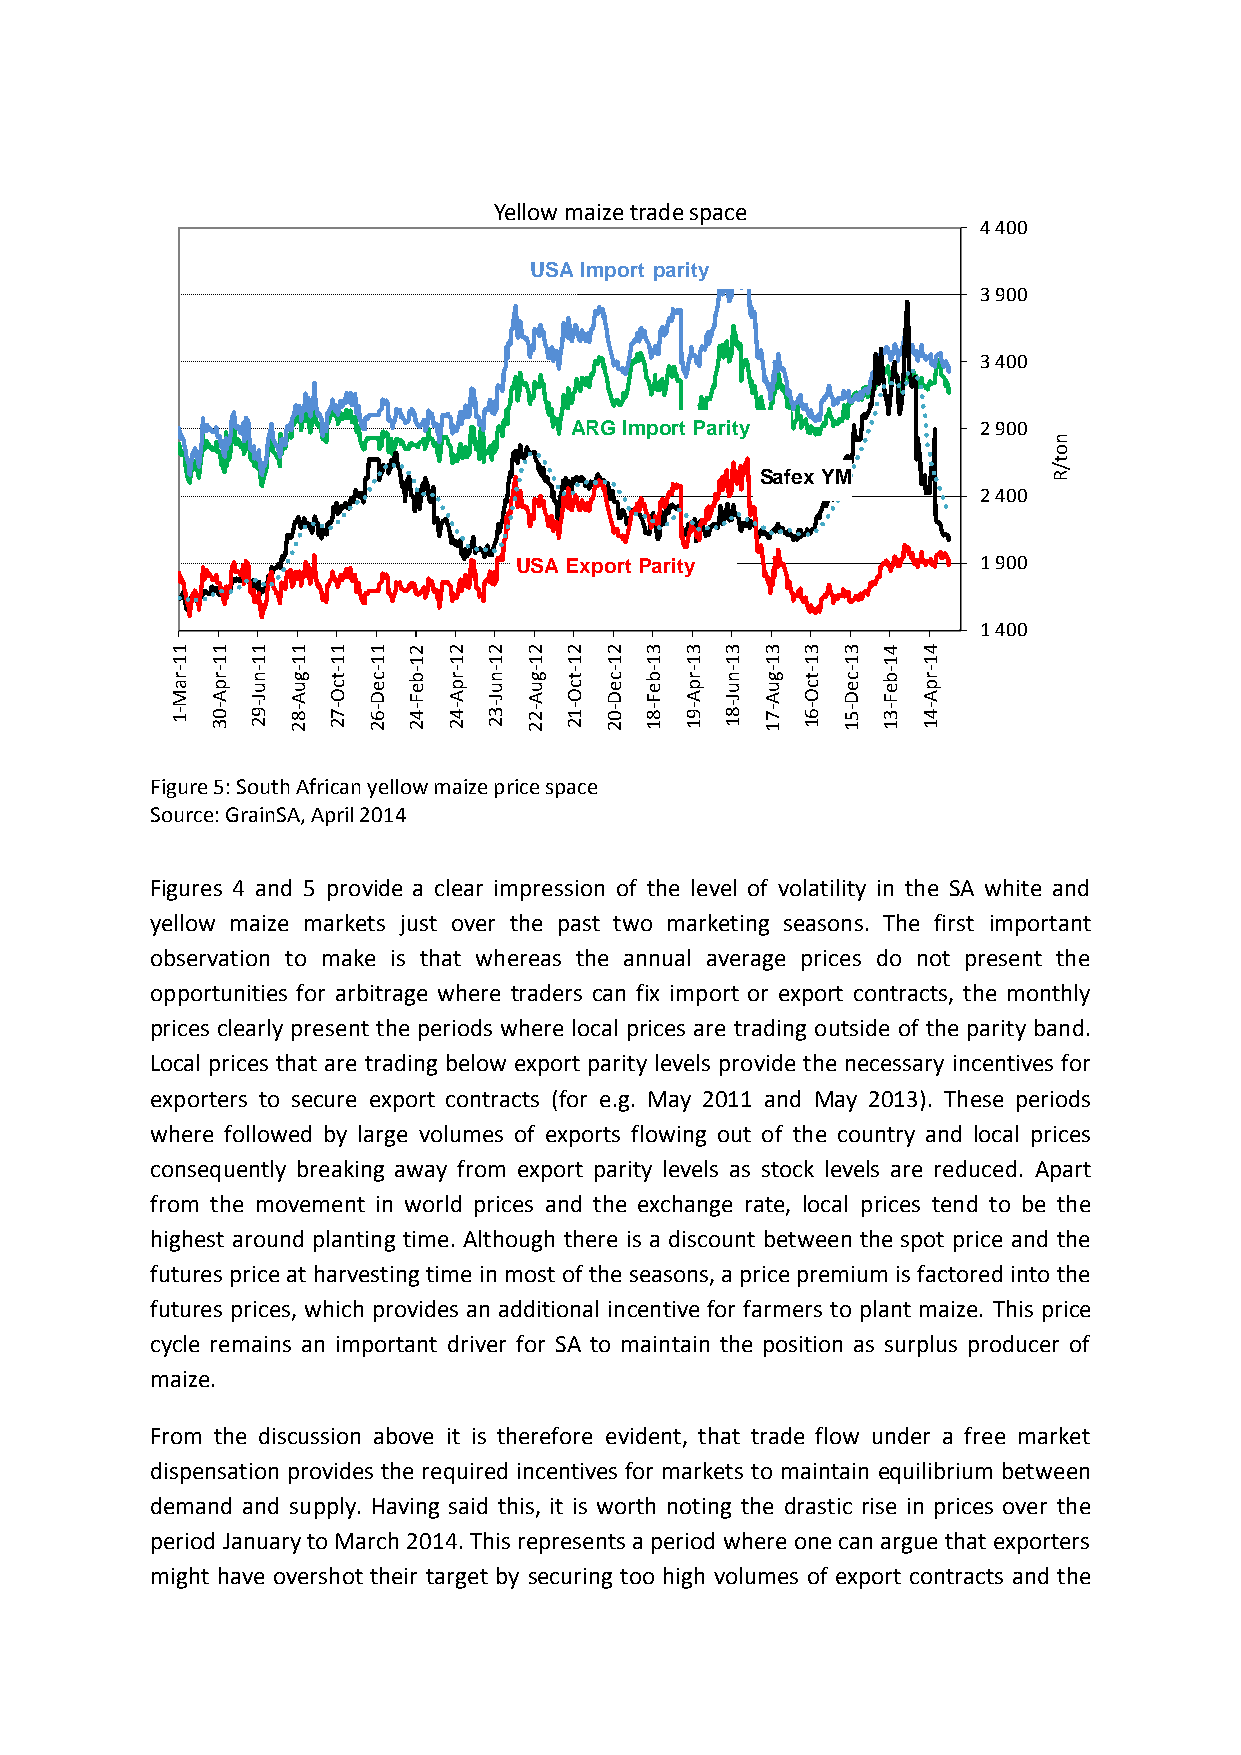
Yellow maize trade space
 4 400
 USA Import parity
 3 900
 3 400
 ARG Import Parity          2 900
 n
 o
 t
 SafexYM             / R
 2 400
 USA ExportParity               1 900
 1 400
 1  1  1 1  1 1  2  2 2  2 2  2  3 3  3  3 3  3 4  4
 1  1  1 1  1 1  1  1 1  1 1  1  1 1  1  1 1  1 1  1
 - r - r - n - g - t - c - b - r - n - g - t - c - b - r - n - g - t - c - b - r
 a M p A u J u A c O e D e F p A u J u A c O e D e F p A u J u A c O e D e F p A
 - 1 - 0 3 - 9 2 - 8 2 - 7 2 - 6 2 - 4 2 - 4 2 - 3 2 - 2 2 - 1 2 - 0 2 - 8 1 - 9 1 - 8 1 - 7 1 - 6 1 - 5 1 - 3 1 - 4 1
 Figure 5: South African yellow maize price space
 Source: GrainSA, April 2014
 Figures 4 and 5 provide a clear impression of the level of volatility in the SA white and
 yellow maize markets just over the past two marketing seasons. The first important
 observation to make is that whereas the annual average prices do not present the
 opportunities for arbitrage where traders can fix import or export contracts, the monthly
 prices clearly present the periods where local prices are trading outside of the parity band.
 Local prices that are trading below export parity levels provide the necessary incentives for
 exporters to secure export contracts (for e.g. May 2011 and May 2013). These periods
 where followed by large volumes of exports flowing out of the country and local prices
 consequently breaking away from export parity levels as stock levels are reduced. Apart
 from the movement in world prices and the exchange rate, local prices tend to be the
 highest around planting time. Although there is a discount between the spot price and the
 futures price at harvesting time in most of the seasons, a price premium is factored into the
 futures prices, which provides an additional incentive for farmers to plant maize. This price
 cycle remains an important driver for SA to maintain the position as surplus producer of
 maize.
 From the discussion above it is therefore evident, that trade flow under a free market
 dispensation provides the required incentives for markets to maintain equilibrium between
 demand and supply. Having said this, it is worth noting the drastic rise in prices over the
 period January to March 2014. This represents a period where one can argue that exporters
 might have overshot their target by securing too high volumes of export contracts and the